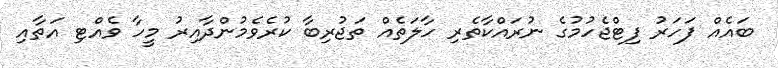
ބައެއް ފަހަރު ފިޓްޖެހުމުގެ ނުރައްކާތެރި ހާލަތެއް ތަޖުރިބާ ކުރެވެމުންދާއިރު މީހާ ވެއްޓި އަތާއި